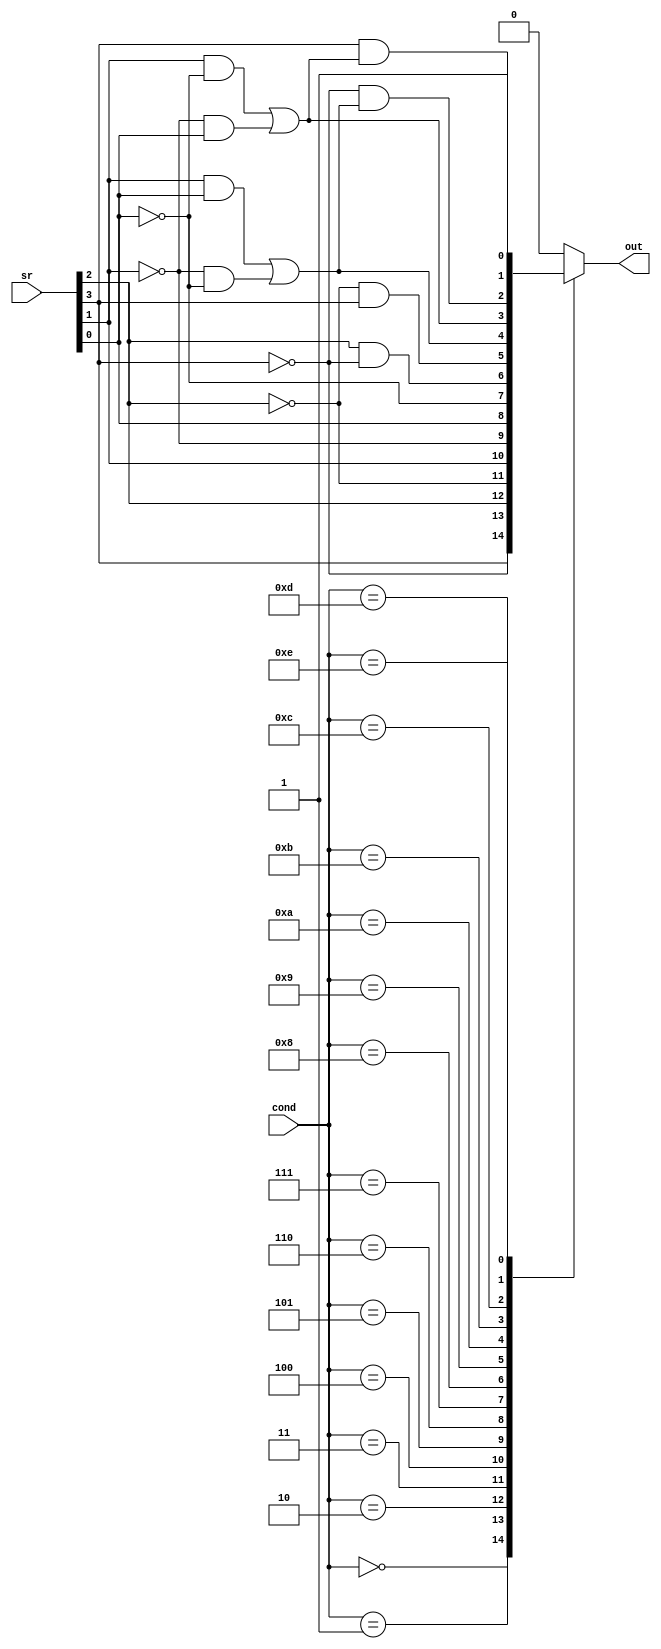
module ConditionCheck (
    input [3:0] cond,
    input [3:0] sr,
    output reg out
    );

    wire z, c, n, v;
    assign {z, c, n, v} = sr;

    always @(*) begin

        case(cond)
            4'b0000 : begin
                out <= z;
            end

            4'b0001 : begin
                out <= ~z;
            end

            4'b0010 : begin
                out <= c;
            end

            4'b0011 : begin
                out <= ~c;
            end

            4'b0100 : begin
                out <= n;
            end

            4'b0101 : begin
                out <= ~n;
            end

            4'b0110 : begin
                out <= v;
            end

            4'b0111 : begin
                out <= ~v;
            end

            4'b1000 : begin
                out <= c & ~z;
            end

            4'b1001 : begin
                out <= ~c & z;
            end

            4'b1010 : begin
                out <= (n & v) | (~n & ~v);
            end
            4'b1011 : begin
                out <= (n & ~v) | (~n & v);
            end

            4'b1100 : begin
                out <= ~z & ((n & v) | (~n & ~v));
            end

            4'b1101 : begin
                out <= z & ((n & ~v) | (~n & v));
            end

            4'b1110 : begin
                out <= 1'b1;
            end
            default : begin
              out <= 1'b0;
            end
        endcase
    end
endmodule